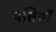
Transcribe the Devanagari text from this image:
पत्तियॉँ